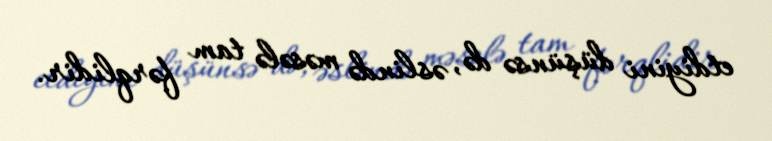
etdiyini düşünsə də, əslində məsələ tam fərqlidir.